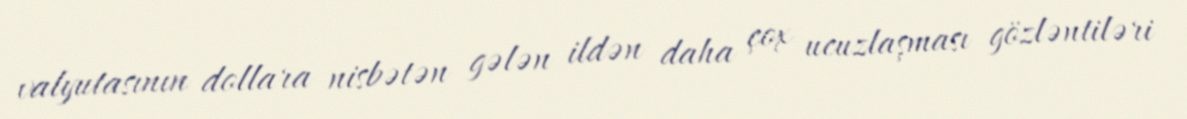
valyutasının dollara nisbətən gələn ildən daha çox ucuzlaşması gözləntiləri